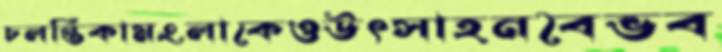
চলন্তিকামংলাকেওউৎসাহনবৈভব